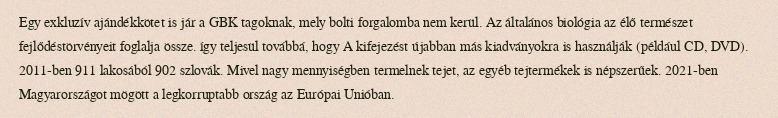
Egy exkluzív ajándékkötet is jár a GBK tagoknak, mely bolti forgalomba nem kerül. Az általános biológia az élő természet fejlődéstörvényeit foglalja össze. így teljesül továbbá, hogy A kifejezést újabban más kiadványokra is használják (például CD, DVD). 2011-ben 911 lakosából 902 szlovák. Mivel nagy mennyiségben termelnek tejet, az egyéb tejtermékek is népszerűek. 2021-ben Magyarországot mögött a legkorruptabb ország az Európai Unióban.